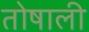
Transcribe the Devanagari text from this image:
तोषाली